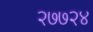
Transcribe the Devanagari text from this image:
२७७२४